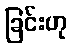
ခြင်းဟု